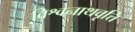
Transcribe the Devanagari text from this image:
विश्वनाथवृत्ति